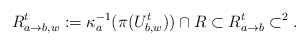
\begin{align*}R^t_{a\to b, w}:=\kappa_a^{-1}(\pi(U^{t}_{b,w}))\cap R \subset R^t_{a\to b}\subset \real^2.\end{align*}